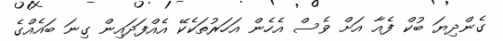
ގެންދިޔަ ބުކް ފެއާ އަށް ވެސް އެހެން އަހަރުތަކެކޭ އެއްފަދައިން ގިނަ ބައެއްގެ